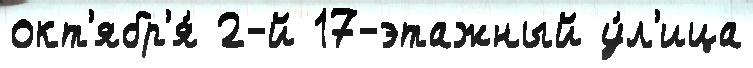
окт'ябр'я́ 2-й 17-этажный у́л'ица